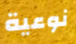
نوعية